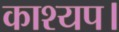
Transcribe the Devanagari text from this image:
काश्यप।